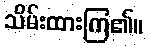
သိမ်းထားကြ၏။